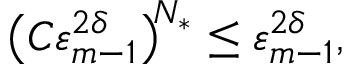
\bigl ( C \varepsilon _ { m - 1 } ^ { 2 \delta } \bigr ) ^ { \! N _ { * } } \leq \varepsilon _ { m - 1 } ^ { 2 \delta } ,